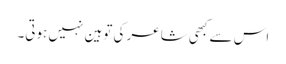
اس سے کبھی شاعر کی توہین نہیں ہوتی۔